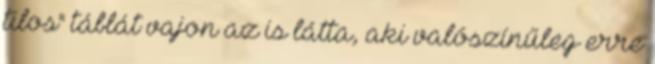
tilos" táblát vajon az is látta, aki valószínűleg erre